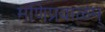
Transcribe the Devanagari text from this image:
मणिप्रवाळम्